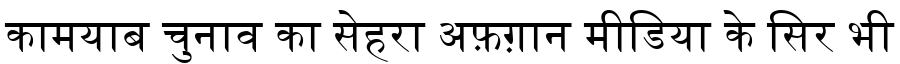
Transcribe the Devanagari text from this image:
कामयाब चुनाव का सेहरा अफ़ग़ान मीडिया के सिर भी